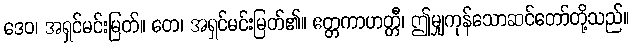
ဒေဝ၊ အရှင်မင်းမြတ်။ တေ၊ အရှင်မင်းမြတ်၏။ ဧတ္တကာဟတ္တီ၊ ဤမျှကုန်သောဆင်တော်တို့သည်။